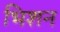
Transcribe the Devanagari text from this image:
भिशन